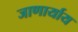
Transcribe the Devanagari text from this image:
जाणार्याय